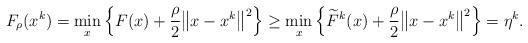
LaTeX: \begin{align*}\begin{aligned}F_\rho(x^k) &= \min_x\Big\{F(x) + \frac{\rho}{2}\big\|x - x^k\big\|^2 \Big\} \geq\min_x \Big\{\widetilde{F}^k(x) + \frac{\rho}{2}\big\|x - x^k\big\|^2 \Big\} = \eta^k.\end{aligned}\end{align*}